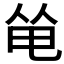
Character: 𠉒